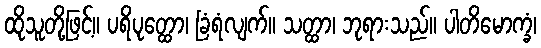
ထိုသူတို့ဖြင့်။ ပရိပုတ္ထော၊ ခြံရံလျက်။ သတ္ထာ၊ ဘုရားသည်။ ပါတိမောက္ခံ၊